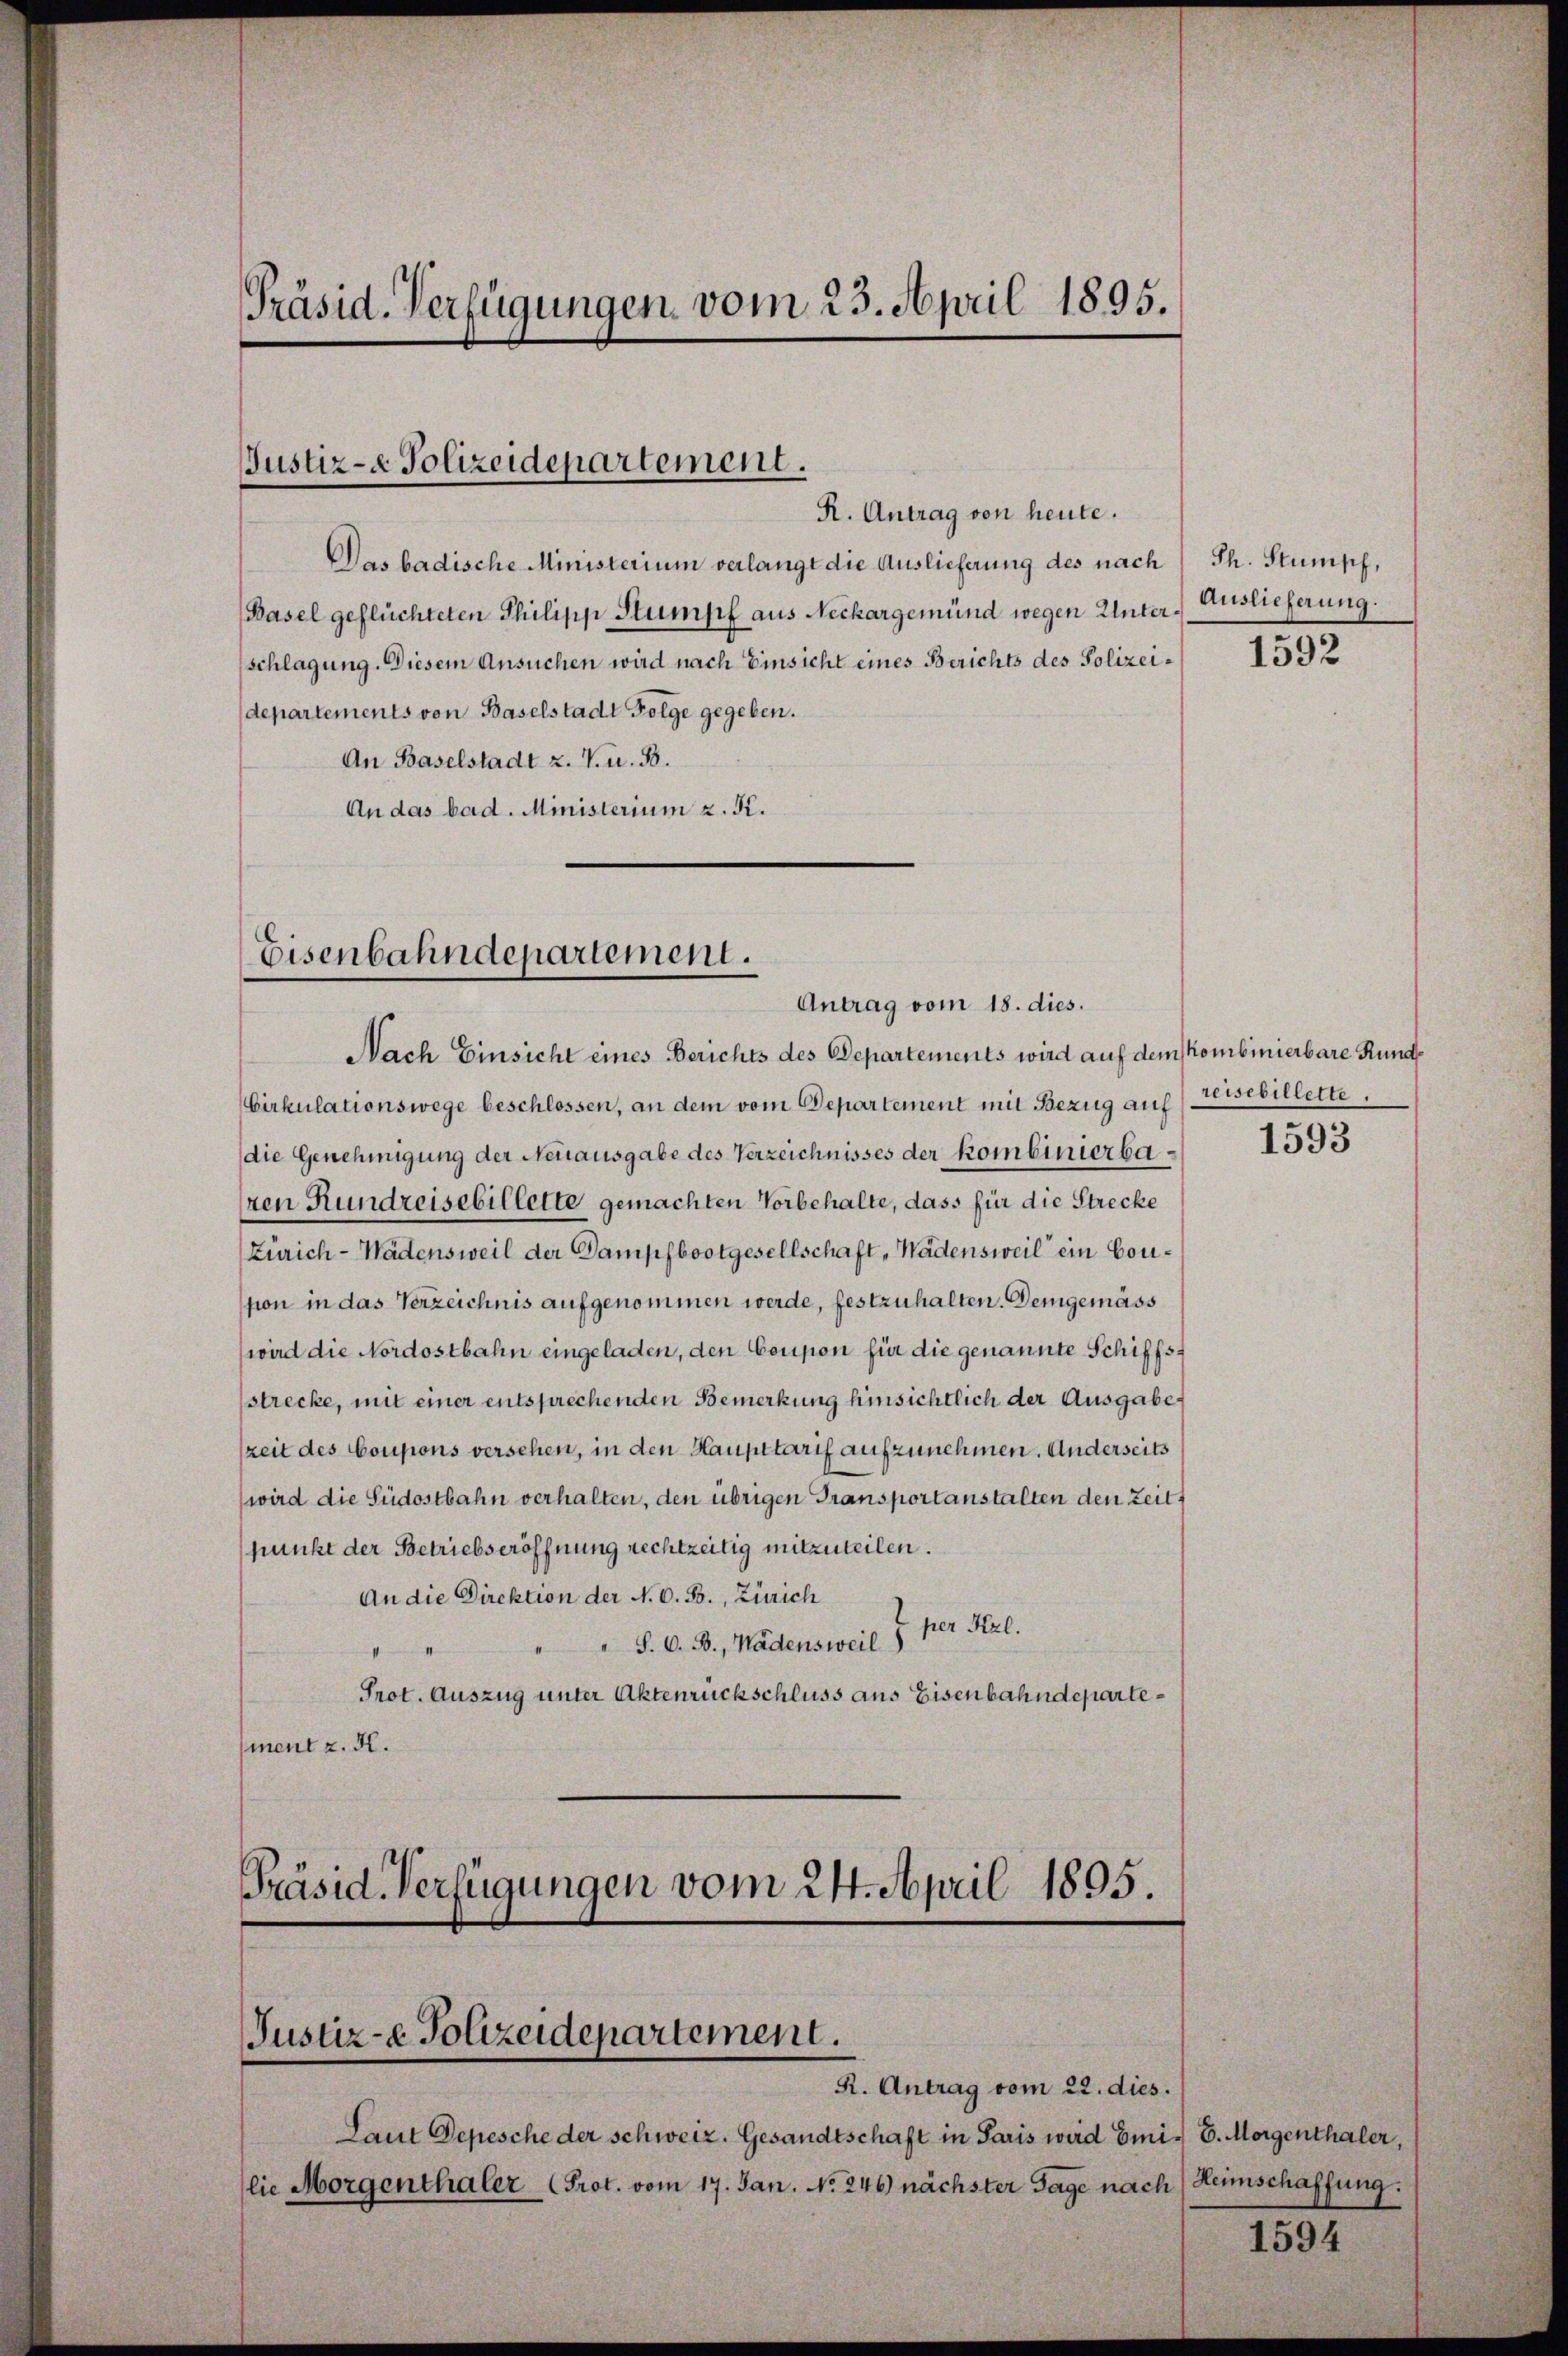
Das badische Ministerium verlangt die Auslieferung des nach
Basel geflüchteten Philipp Stumpf aus Neckargemünd wegen Unter Auslieferung.
schlagung. Diesem Ansuchen wird nach Einsicht eines Berichts des Polizeidepartements von Baselstadt Folge gegeben.
An Baselstadt z. V. u. 3.
An das bad. Ministerium z. K.

Präsid-Verfügungen vom 23. April 1895.

Justiz- & Polizeidepartement.
R. Antrag von heute.

Eisenbahndepartement.
Antrag vom 18. dies.

Justiz-e Polizeidepartement.
R. Antrag vom 22. dies.

Laut Depesche der schweiz. Gesandtschaft in Paris wird Emi- 6. Morgenthaler,
lie Morgenthaler Prot. vom 17. Jan. No. 246) nächster Tage nach

Ph. Stumpf,

Nach Einsicht eines Berichts des Departements wird auf dem kombinierbare Runds
Cirkulationswege beschlossen, an dem vom Departement mit Bezug auf Erschillette.
die Genehmigung der Neuausgabe des Verzeichnisses der Kombinierba 1595
ren Rundreisebillette gemachten Vorbehalte, dass für die Strecke
Zürich - Wädensweil der Dampfbootgesellschaft Wädensweil ein Conson in das Verzeichnis aufgenommen werde, festzuhalten. Demgemäss
wird die Nordostbahn eingeladen, den Coupon für die genannte Schiffs-
strecke, mit einer entsprechenden Bemerkung hinsichtlich der Ausgabe
zeit des Coupons versehen, in den Haupttarif aufzunehmen. Anderseits
wird die Südostbahn verhalten, den übrigen Transportanstalten den Zeitpunkt der Betriebseröffnung rechtzeitig mitzuteilen.
An die Direktion der N. O. B., Zürich
7 per Kerl.
S. O. B., Wädensweil
II
Prot. Auszug unter Aktenrückschluss aus Eisenbahndepartement z. K.
Präsid. Verfügungen vom 24. April 1895.

1592

Heimschaffung.

1594